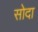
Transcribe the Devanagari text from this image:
सोदा